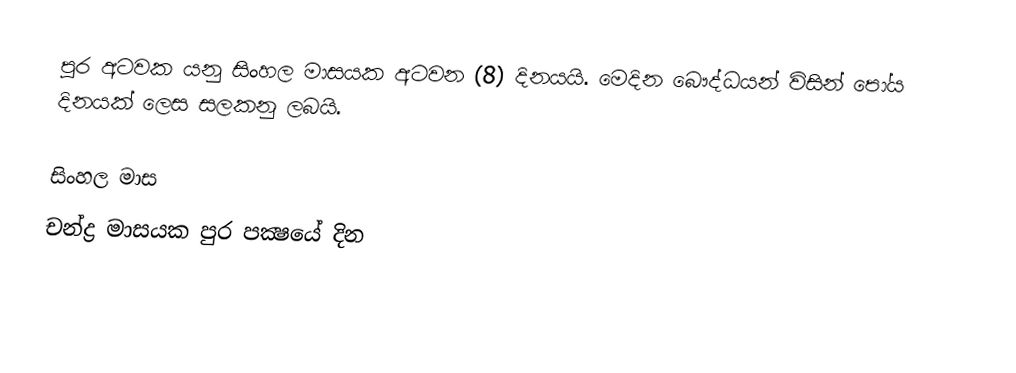
පුර අටවක යනු සිංහල මාසයක අටවන (8) දිනයයි. මෙදින බෞද්ධයන් විසින් පෝය දිනයක් ලෙස සලකනු ලබයි.

සිංහල මාස
චන්ද්‍ර මාසයක පුර පක්‍ෂයේ දින